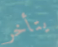
يتأخر